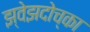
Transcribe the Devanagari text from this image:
झ्वेझदोच्का